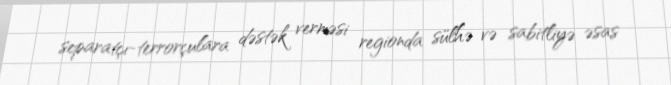
separatçı-terrorçulara dəstək verməsi regionda sülhə və sabitliyə əsas